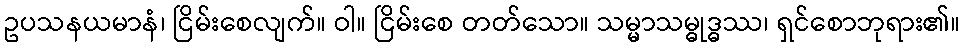
ဥပသနယမာနံ၊ ငြိမ်းစေလျက်။ ဝါ။ ငြိမ်းစေ တတ်သော။ သမ္မာသမ္ဓုဒ္ဓဿ၊ ရှင်စောဘုရား၏။